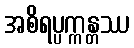
အစိရပ္ပက္ကန္တဿ